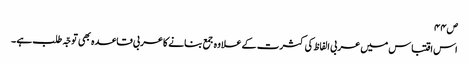
ص۴۴
اس اقتباس میں عربی الفاظ کی کثرت کے علاوہ جمع بنانے کاعربی قاعدہ بھی توجّہ طلب ہے ۔